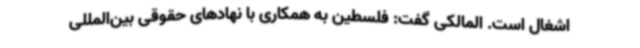
اشغال است. المالکی گفت: فلسطین به همکاری با نهادهای حقوقی بین‌المللی